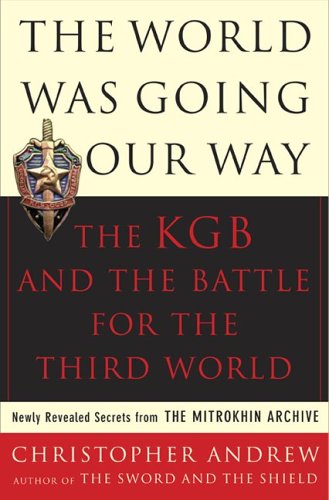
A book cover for The World Was Going Our Way: The KGB and the Battle for the the Third World - Newly Revealed Secrets from the Mitrokhin Archive; Christopher Andrew; Biographies & Memoirs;